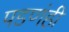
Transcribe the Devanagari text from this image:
पडणंही